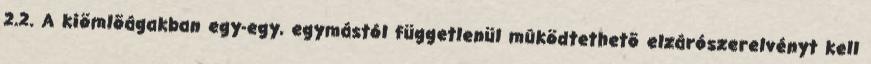
2.2. A kiömlõágakban egy-egy, egymástól függetlenül mûködtethetõ elzárószerelvényt kell